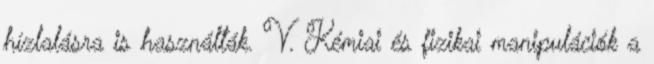
hízlalásra is használták. V. Kémiai és fizikai manipulációk a